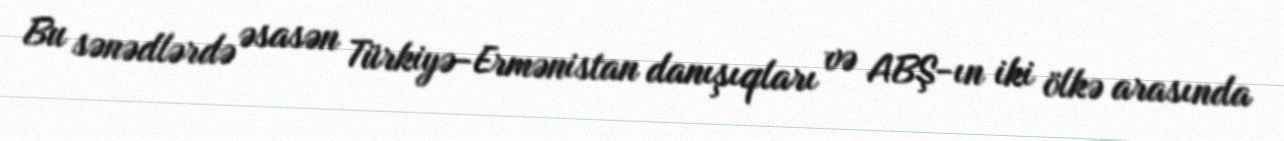
Bu sənədlərdə əsasən Türkiyə-Ermənistan danışıqları və ABŞ-ın iki ölkə arasında